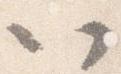
以